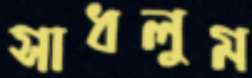
সাধলুম